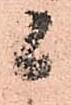
候